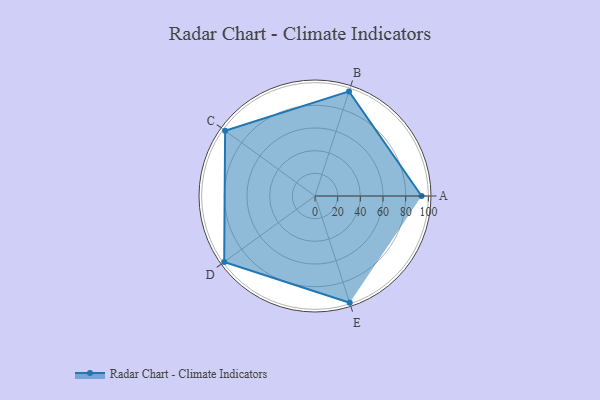
{"axis": {"x": "Skill", "y": "Score"}, "legend": ["Profile"], "data": [{"x": "A", "y": 94.0, "type": "Profile"}, {"x": "B", "y": 97.0, "type": "Profile"}, {"x": "C", "y": 98.0, "type": "Profile"}, {"x": "D", "y": 99, "type": "Profile"}, {"x": "E", "y": 99, "type": "Profile"}]}